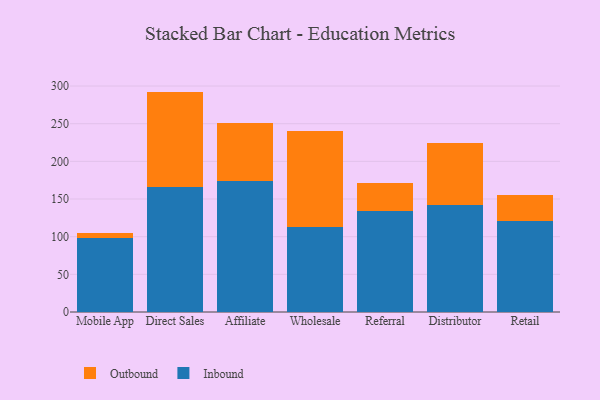
{"axis": {"x": "Channel", "y": "Headcount"}, "legend": ["Inbound", "Outbound"], "data": [{"x": "Mobile App", "y": 97.7, "type": "Inbound"}, {"x": "Mobile App", "y": 6.9, "type": "Outbound"}, {"x": "Direct Sales", "y": 165.7, "type": "Inbound"}, {"x": "Direct Sales", "y": 126.9, "type": "Outbound"}, {"x": "Affiliate", "y": 174.1, "type": "Inbound"}, {"x": "Affiliate", "y": 77.4, "type": "Outbound"}, {"x": "Wholesale", "y": 112.8, "type": "Inbound"}, {"x": "Wholesale", "y": 128.1, "type": "Outbound"}, {"x": "Referral", "y": 133.8, "type": "Inbound"}, {"x": "Referral", "y": 37.3, "type": "Outbound"}, {"x": "Distributor", "y": 142.6, "type": "Inbound"}, {"x": "Distributor", "y": 81.3, "type": "Outbound"}, {"x": "Retail", "y": 121.0, "type": "Inbound"}, {"x": "Retail", "y": 34.6, "type": "Outbound"}]}